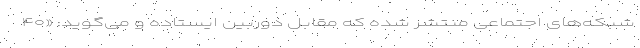
شبکه‌های اجتماعی منتشر شده که مقابل دوربین ایستاده و می‌گوید: «۴۰